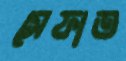
সেফাত